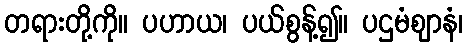
တရားတို့ကို။ ပဟာယ၊ ပယ်စွန့်၍။ ပဌမံဈာနံ၊